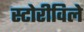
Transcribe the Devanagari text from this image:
स्टोरीविले